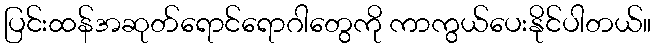
ပြင်းထန်အဆုတ်ရောင်ရောဂါတွေကို ကာကွယ်ပေးနိုင်ပါတယ်။